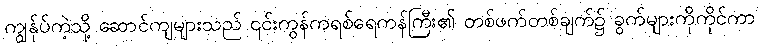
ကျွန်ုပ်ကဲ့သို့ ဆောင်ကျများသည် ၎င်းကွန်ကရစ်ရေကန်ကြီး၏ တစ်ဖက်တစ်ချက်၌ ခွက်များကိုကိုင်ကာ